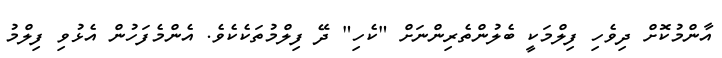
އާންމުކޮށް ދިވެހި ފިލްމަކީ ބެލުންތެރިންނަށް "ކެހި" ދޭ ފިލްމުތަކެކެވެ. އެންމެފަހުން އެޅުވި ފިލްމު